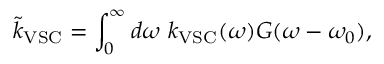
\tilde { k } _ { \mathrm { V S C } } = \int _ { 0 } ^ { \infty } d \omega ~ k _ { \mathrm { V S C } } ( \omega ) G ( \omega - \omega _ { 0 } ) ,